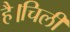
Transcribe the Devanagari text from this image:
है।चिली